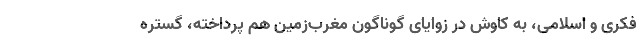
فکری و اسلامی، به کاوش در زوایای گوناگون مغرب‌زمین هم پرداخته، گستره